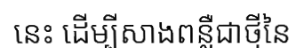
នេះ ដើម្បីសាងពន្លឺជាថ្មីនៃ